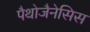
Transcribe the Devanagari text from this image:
पैथोजैनेसिस